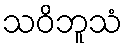
သဝိဘူသံ